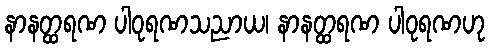
နာနတ္ထရဏ ပါဝုရဏသညာယ၊ နာနတ္ထရဏ ပါဝုရဏဟု